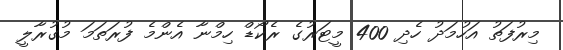
މިރުފަތު އަހުމަދު ހެދި 400 މީޓަރުގެ ރެކޯޑް ހިމްނާ އެންމެ ފުރަތަމަ މުގުރާލީ